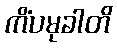
ကိံပမုခါတိ